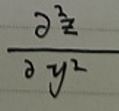
\[
\frac{\partial^{2} \dot{z}}{\partial y^{2}}
\]